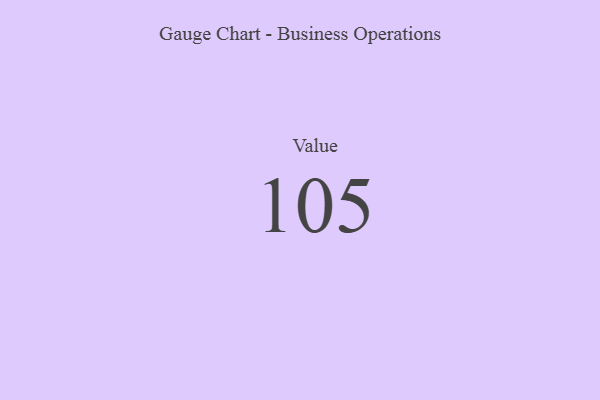
{"axis": {"x": "Metric", "y": "Value"}, "legend": [""], "data": [{"x": "Value", "y": 105, "type": ""}]}